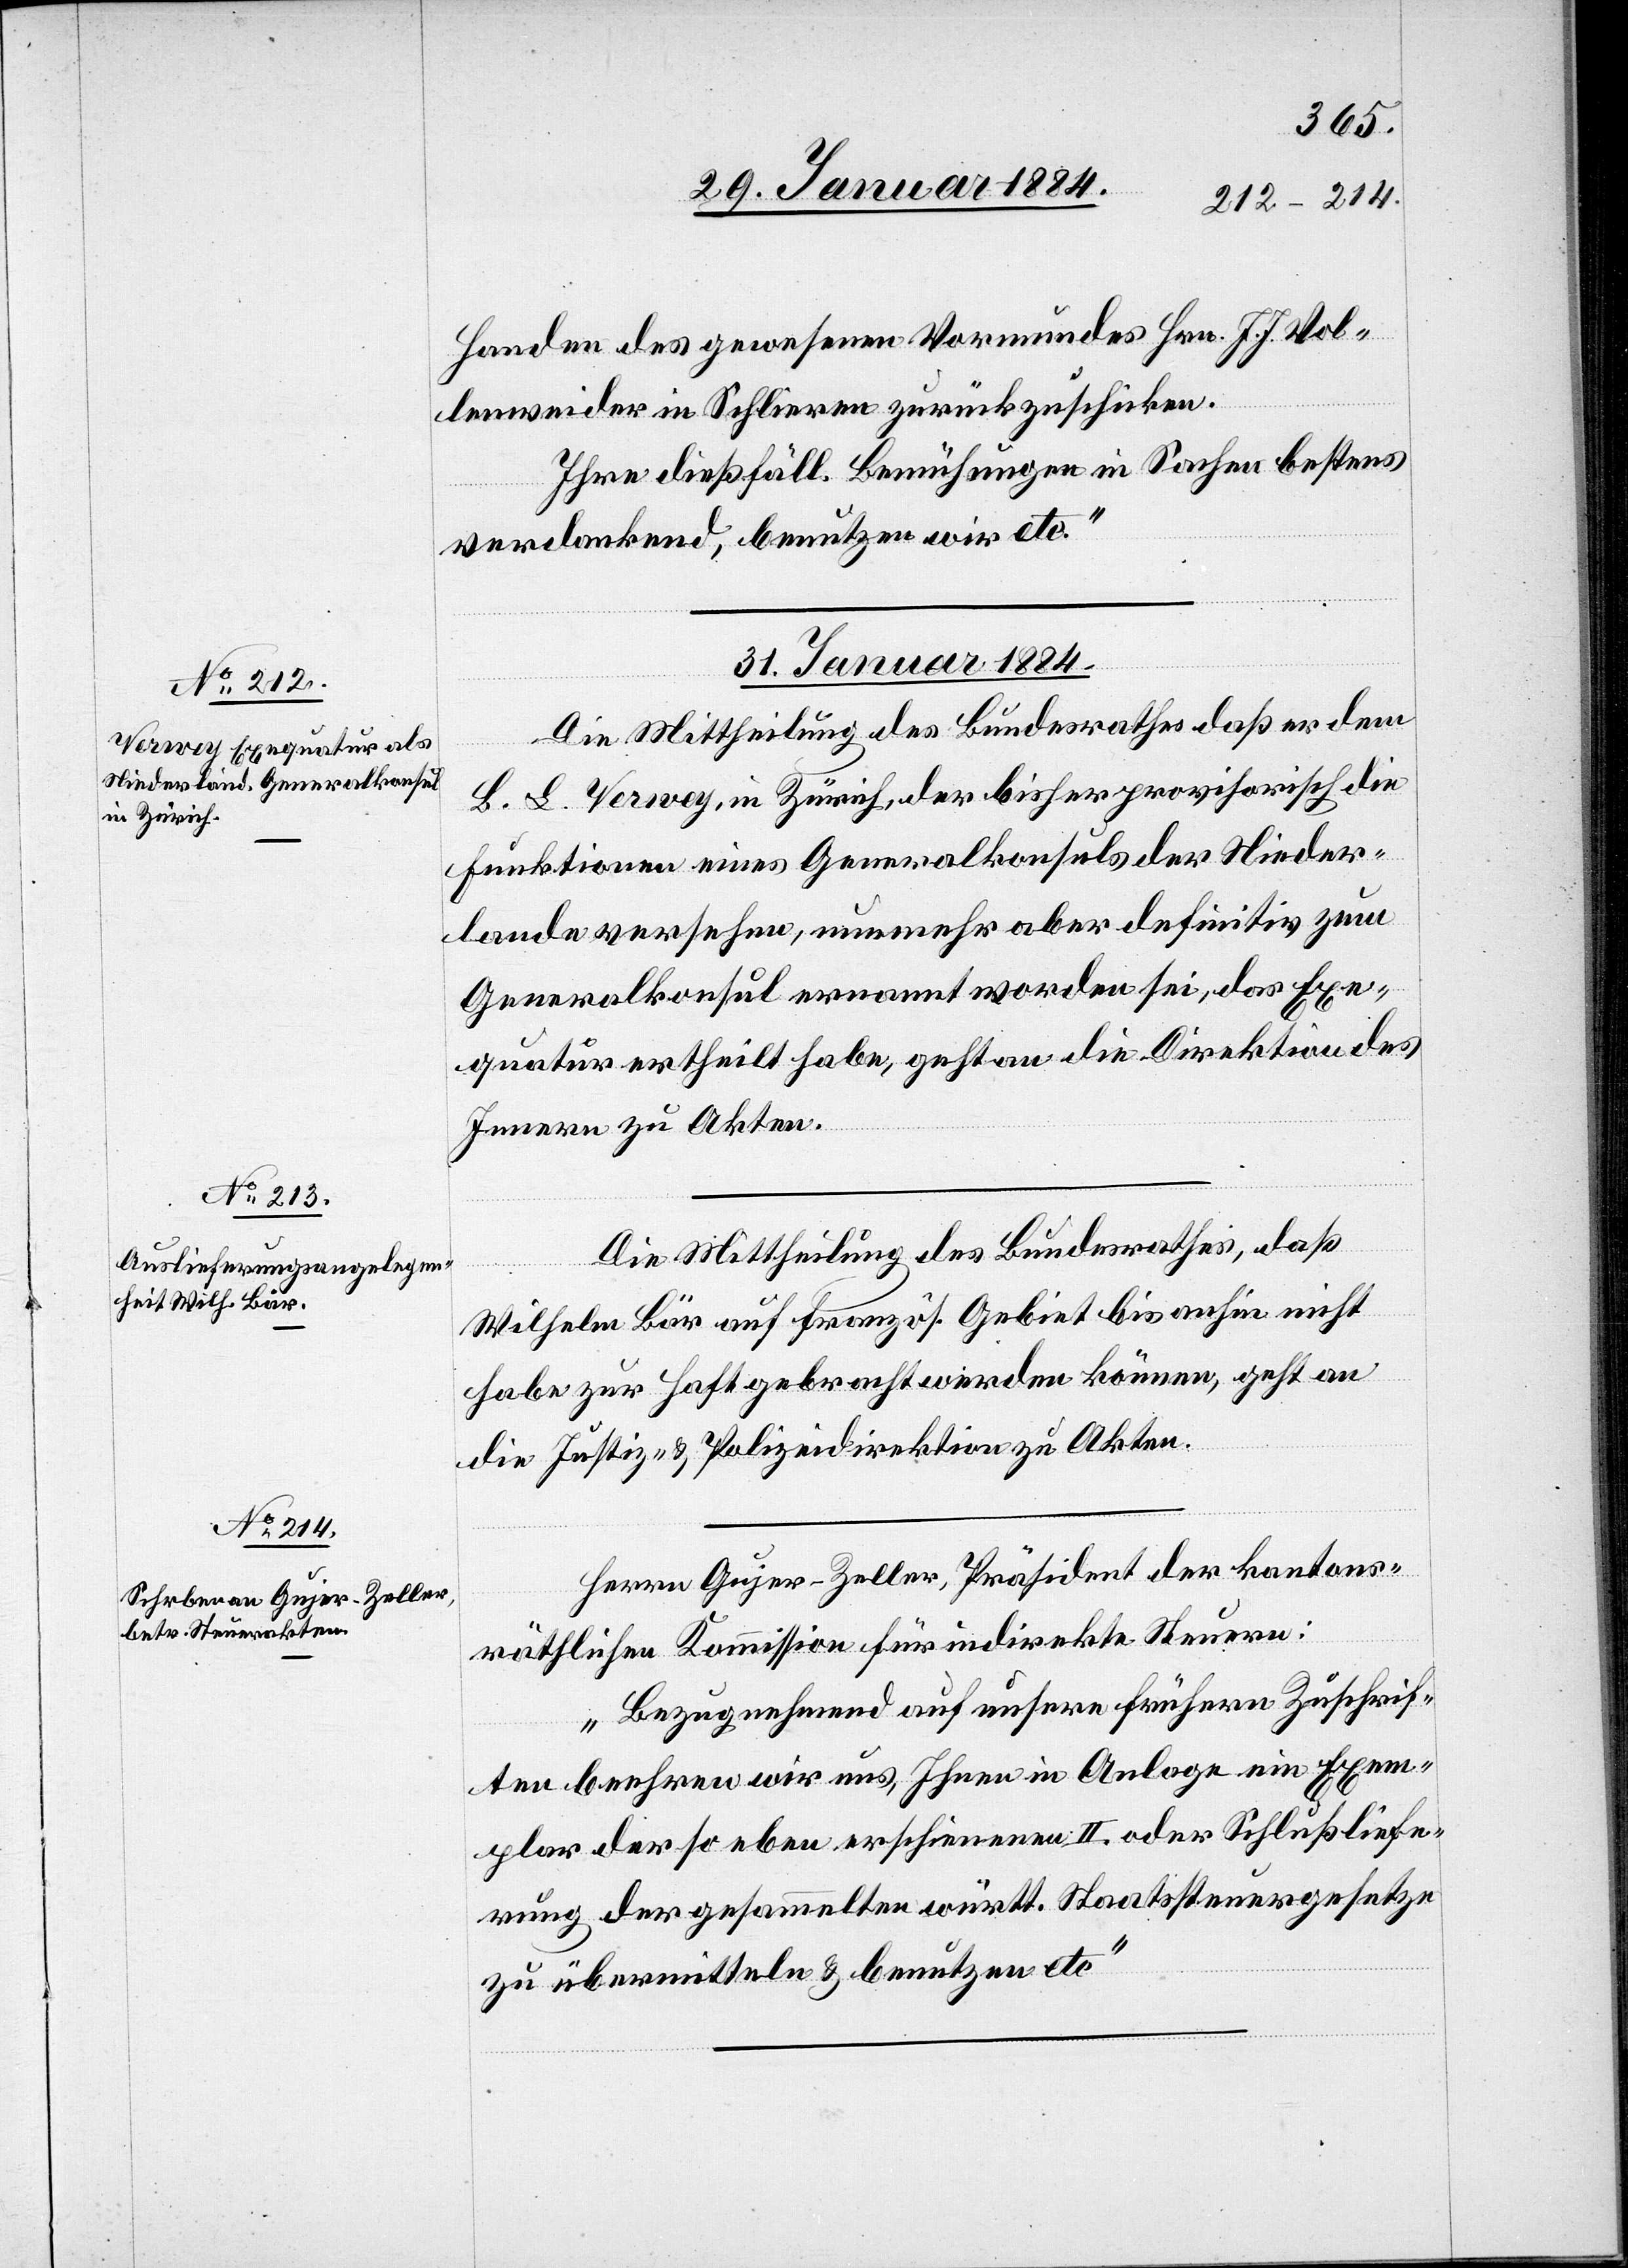
Handen des gewesenen Vormundes Hrn. J. J. Vol¬
lenweider in Schlieren zurückzuschicken.
Ihre dießfäll. Bemühungen in Sachen bestens
verdankend, benutzen wir etc.“
31. Januar 1884.]
Die Mittheilung des Bundesrathes daß er dem
B. L. Verwey, in Zürich, der bisher provisorisch die
Funktion eines Generalkonsuls der Nieder¬
lande versehen, nunmehr aber definitiv zum
Generalkonsul ernannt worden sei, das Exe¬
quatur ertheilt habe, geht an die Direktion des
Innern zu Akten.
Die Mittheilung des Bundesrathes, daß
Wilhelm Bär auf französ. Gebiet bis anhin nicht
habe zur Haft gebracht werden können, geht an
die Justiz- & Polizeidirektion zu Akten.
Herrn Gujer-Zeller, Präsident der kantons¬
räthlichen Kommission für indirekte Steuern:
„Bezugnehmend auf unsere frühern Zuschrif¬
ten beehren wir uns, Ihnen in Anlage ein Exem¬
plar der so eben erschienen II. oder Schlußliefe¬
rung der gesammelten württ. Staatssteuergesetze
zu übermitteln & benutzen etc.“